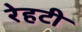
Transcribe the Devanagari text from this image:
रेहटी